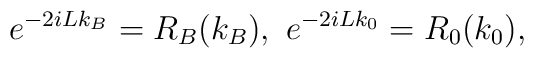
e^{-2iLk_B}=R_B(k_B), \ e^{-2iLk_0}=R_0(k_0),